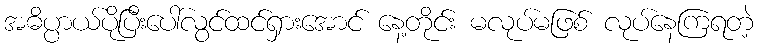
အဓိပ္ပာယ်ပိုပြီးပေါ်လွင်ထင်ရှားအောင် နေ့တိုင်း မလုပ်မဖြစ် လုပ်နေကြရတဲ့